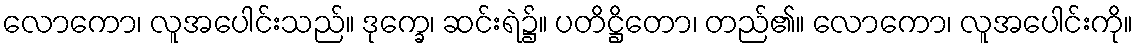
လောကော၊ လူအပေါင်းသည်။ ဒုက္ခေ၊ ဆင်းရဲ၌။ ပတိဋ္ဌိတော၊ တည်၏။ လောကော၊ လူအပေါင်းကို။